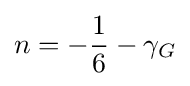
n=-{\frac {1}{6}}-\gamma _{G}